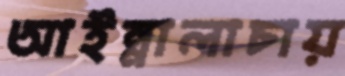
আইন্নালাচায়